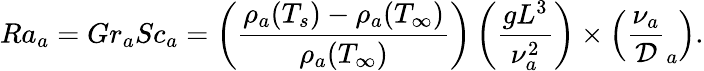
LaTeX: Ra_{a}=Gr_{a}Sc_{a}=\left(\frac{\rho_{a}(T_{s})-\rho_{a}(T_{\infty})}{\rho_{a}(T_{\infty})}\right)\left(\frac{g{L}^{3}}{\nu_{a}^{2}}\right)\times\left(\frac{\nu_{a}}{\cal D}_{a}\right).